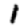
Digit: 1